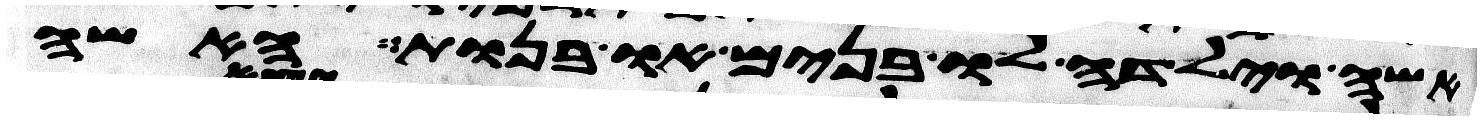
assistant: אשה וילדה לו בנים או בנות האשה